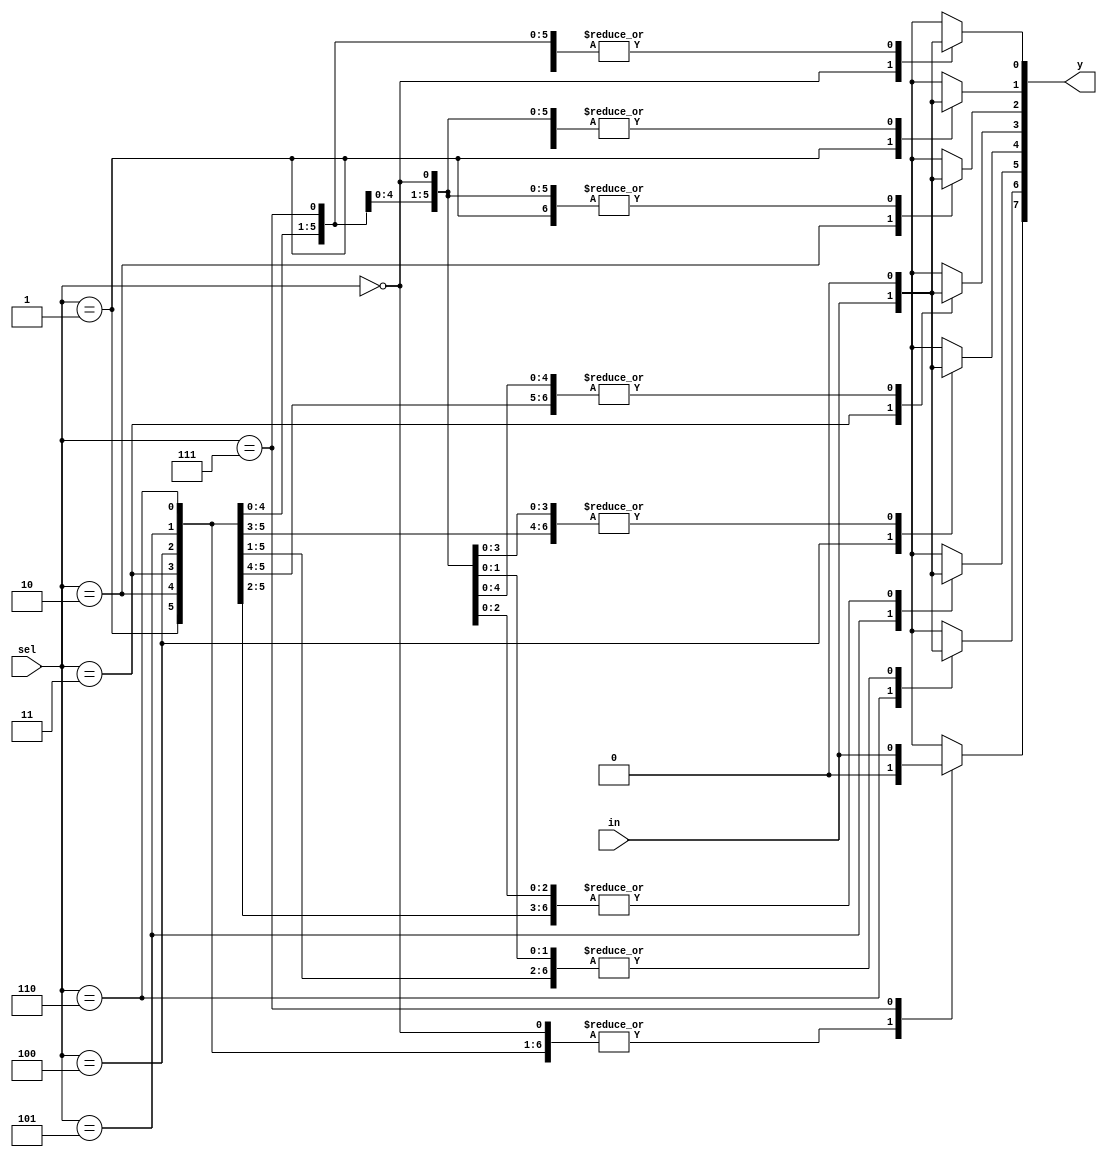
`timescale 1ns / 1ps
//////////////////////////////////////////////////////////////////////////////////
// Company: 
// Engineer: 
// 
// Design Name: 
// Module Name: demux_1to8
// Project Name: 
// Target Devices: 
// Tool Versions: 
// Description: 
// 
// Dependencies: 
// 
// Revision:
// Revision 0.01 - File Created
// Additional Comments:
// 
//////////////////////////////////////////////////////////////////////////////////
module demux_1to8(
    input [2:0] sel,
    input in,
    output reg [7:0] y);
always@*
begin
y=0;
    case(sel)
    3'd0: y[0]=in;
    3'd1: y[1]=in;
    3'd2: y[2]=in;
    3'd3: y[3]=in;
    3'd4: y[4]=in;
    3'd5: y[5]=in;
    3'd6: y[6]=in;
    3'd7: y[7]=in;
    endcase
end    
endmodule